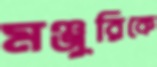
মঞ্জুরিকে